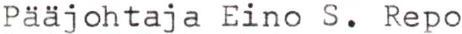
Pääjohtaja Eino S. Repo